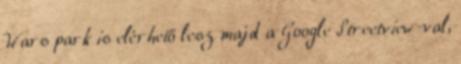
Wars park is elérhető lesz majd a Google Streetview-val,